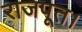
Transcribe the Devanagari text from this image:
राजपूत।